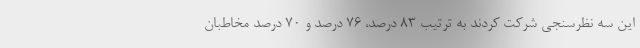
این سه نظرسنجی شرکت کردند به ترتیب ۸۳ درصد، ۷۶ درصد و ۷۰ درصد مخاطبان